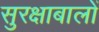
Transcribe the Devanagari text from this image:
सुरक्षाबालों